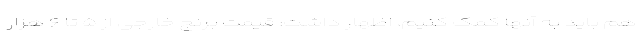
هم باید به آنها کمک کنیم، ‌اظهار داشت: قیمت برنج خارجی از ۵ تا ۶ هزار